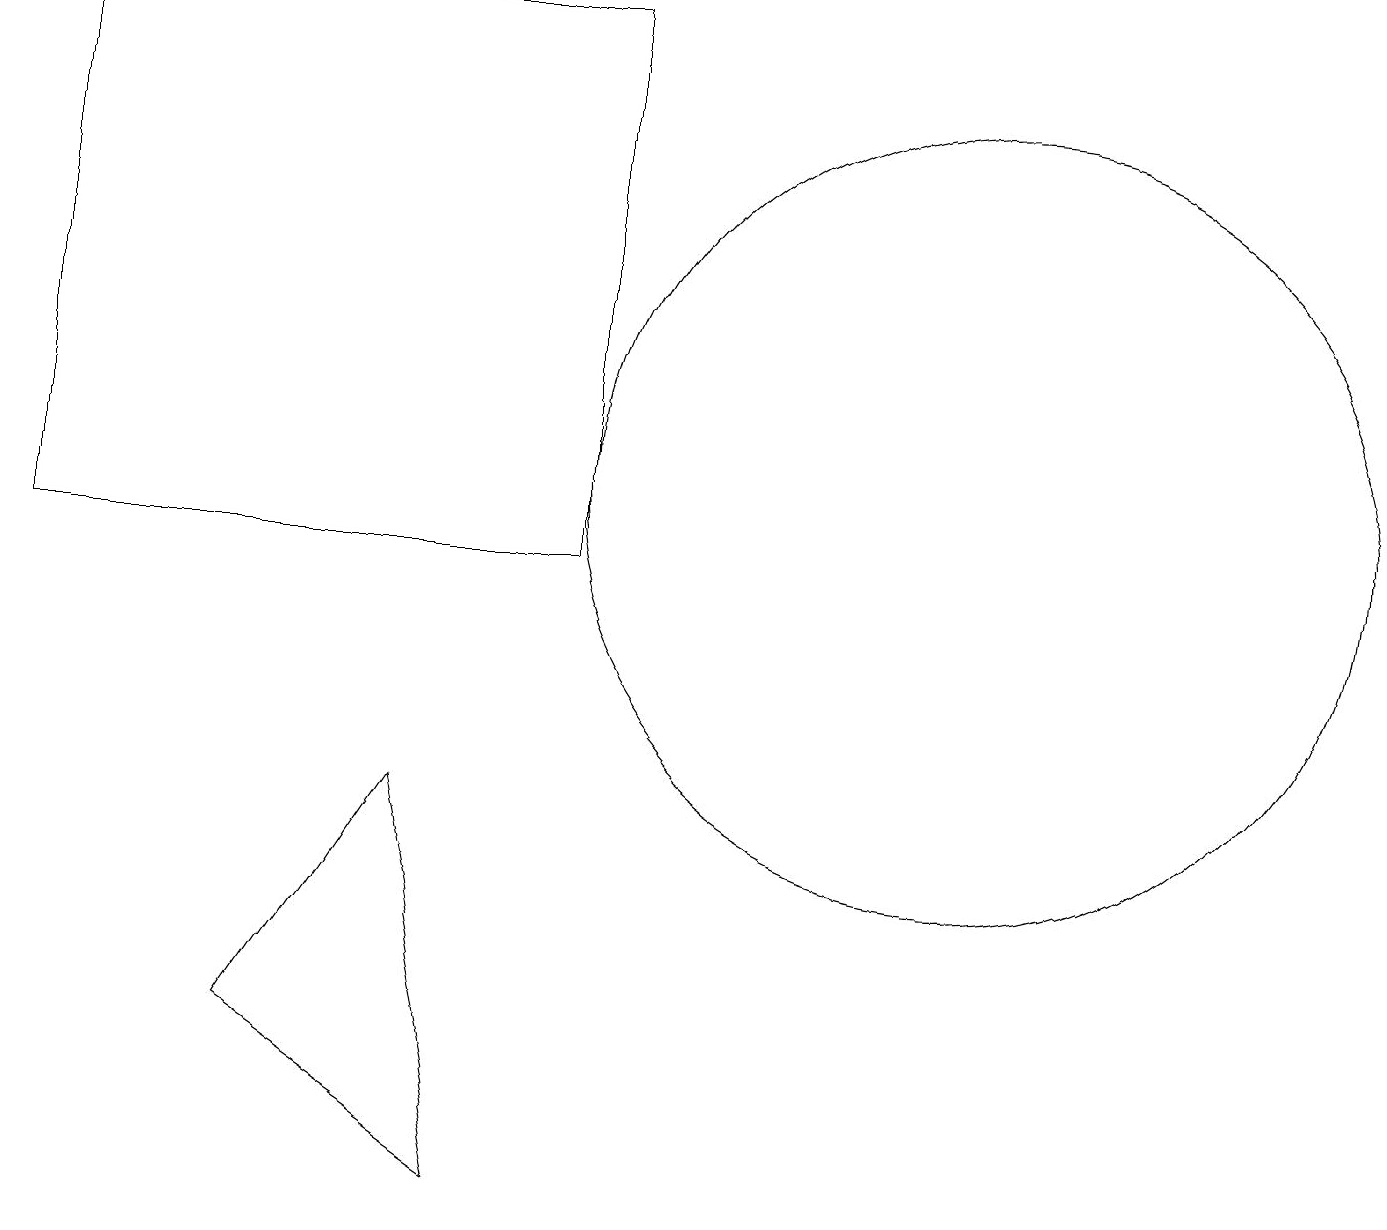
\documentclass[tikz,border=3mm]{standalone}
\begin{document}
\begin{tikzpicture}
\draw (11,10) circle (0);
\draw (3,5) -- (5,8) -- (6,3) -- cycle;
\draw (0,11) rectangle (7,18);
\draw (12,12) circle (5);
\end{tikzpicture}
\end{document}